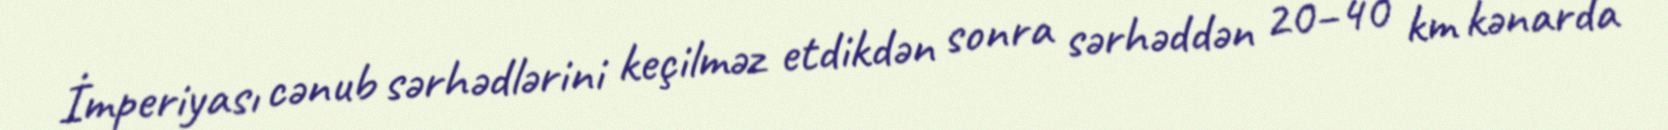
İmperiyası cənub sərhədlərini keçilməz etdikdən sonra sərhəddən 20–40 km kənarda